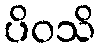
ပိဝသိ